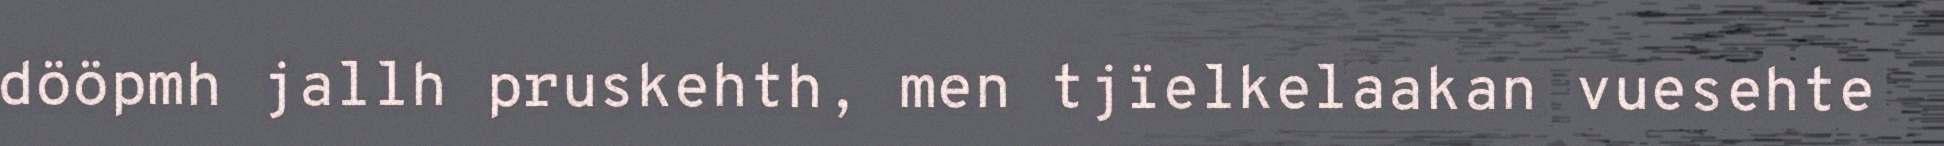
dööpmh jallh pruskehth, men tjïelkelaakan vuesehte